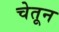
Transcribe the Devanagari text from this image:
चेतून